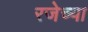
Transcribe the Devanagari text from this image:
रजेच्या